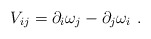
\begin{align*}V_{ij}=\partial_i\omega_j-\partial_j\omega_i \ .\end{align*}